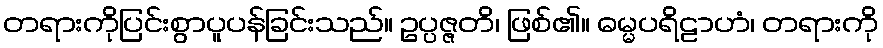
တရားကိုပြင်းစွာပူပန်ခြင်းသည်။ ဥပ္ပဇ္ဇတိ၊ ဖြစ်၏။ ဓမ္မပရိဠာဟံ၊ တရားကို